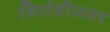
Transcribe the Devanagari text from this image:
सिरोडीलवर